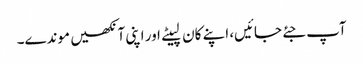
آپ جئے جائیں، اپنے کان لپیٹے اور اپنی آنکھیں موندے۔